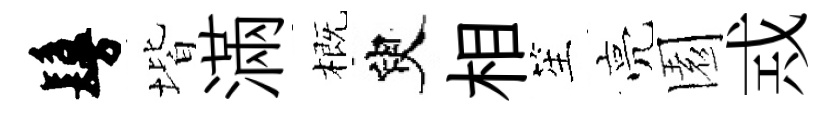
鬘堦滿概臾相笙亮園𢦶